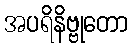
အပရိနိဗ္ဗုတော